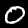
Digit: 0